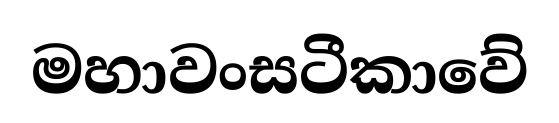
මහාවංසටීකාවේ